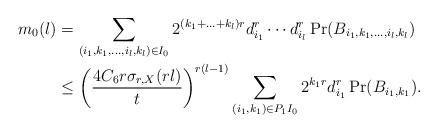
LaTeX: \begin{align*}m_{0}(l)&=\sum_{(i_1,k_1,\ldots,i_l,k_l)\in I_{0}}2^{(k_1+\ldots+k_{l})r}d_{i_1}^r\cdots d_{i_l}^r\Pr(B_{i_1,k_1,\ldots,i_l,k_l})\\&\leq\left(\frac{{ 4}C_6r\sigma_{r,X}(rl)}{t}\right)^{r(l-1)}\sum_{(i_1,k_1)\in P_1I_0}2^{k_1r}d_{i_1}^r\Pr(B_{i_1,k_1}).\end{align*}